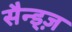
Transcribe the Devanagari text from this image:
सैन्ड्ज़